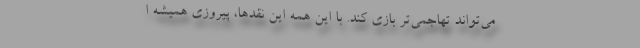
می‌تواند تهاجمی‌تر بازی کند. با این همه این نقدها، پیروزی همیشه ا